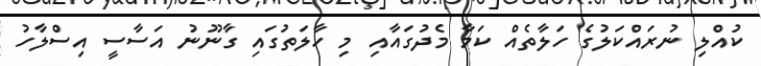
ކުއްލި ނުރައްކަލުގެ ހަލާތެއް ކަމާ މެދުގައާއި މި ހާލަތުގައި ގާނޫނު އަސާސީ އިސްލާހު